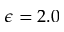
\epsilon = 2 . 0